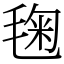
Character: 毱